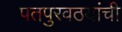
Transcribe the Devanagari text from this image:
पतपुरवठयांची